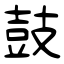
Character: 鼓